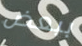
ببعض